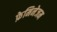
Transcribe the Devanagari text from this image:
फ़ेमिनेजम